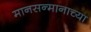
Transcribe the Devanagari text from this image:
मानसन्मानाच्या